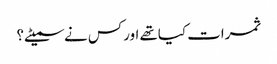
ثمرات کیاتھے اورکس نے سمیٹے؟